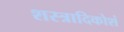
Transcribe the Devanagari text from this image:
शस्त्रादिकोशं